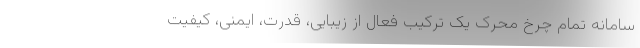
سامانه تمام چرخ محرک یک ترکیب فعال از زیبایی، قدرت، ایمنی، کیفیت